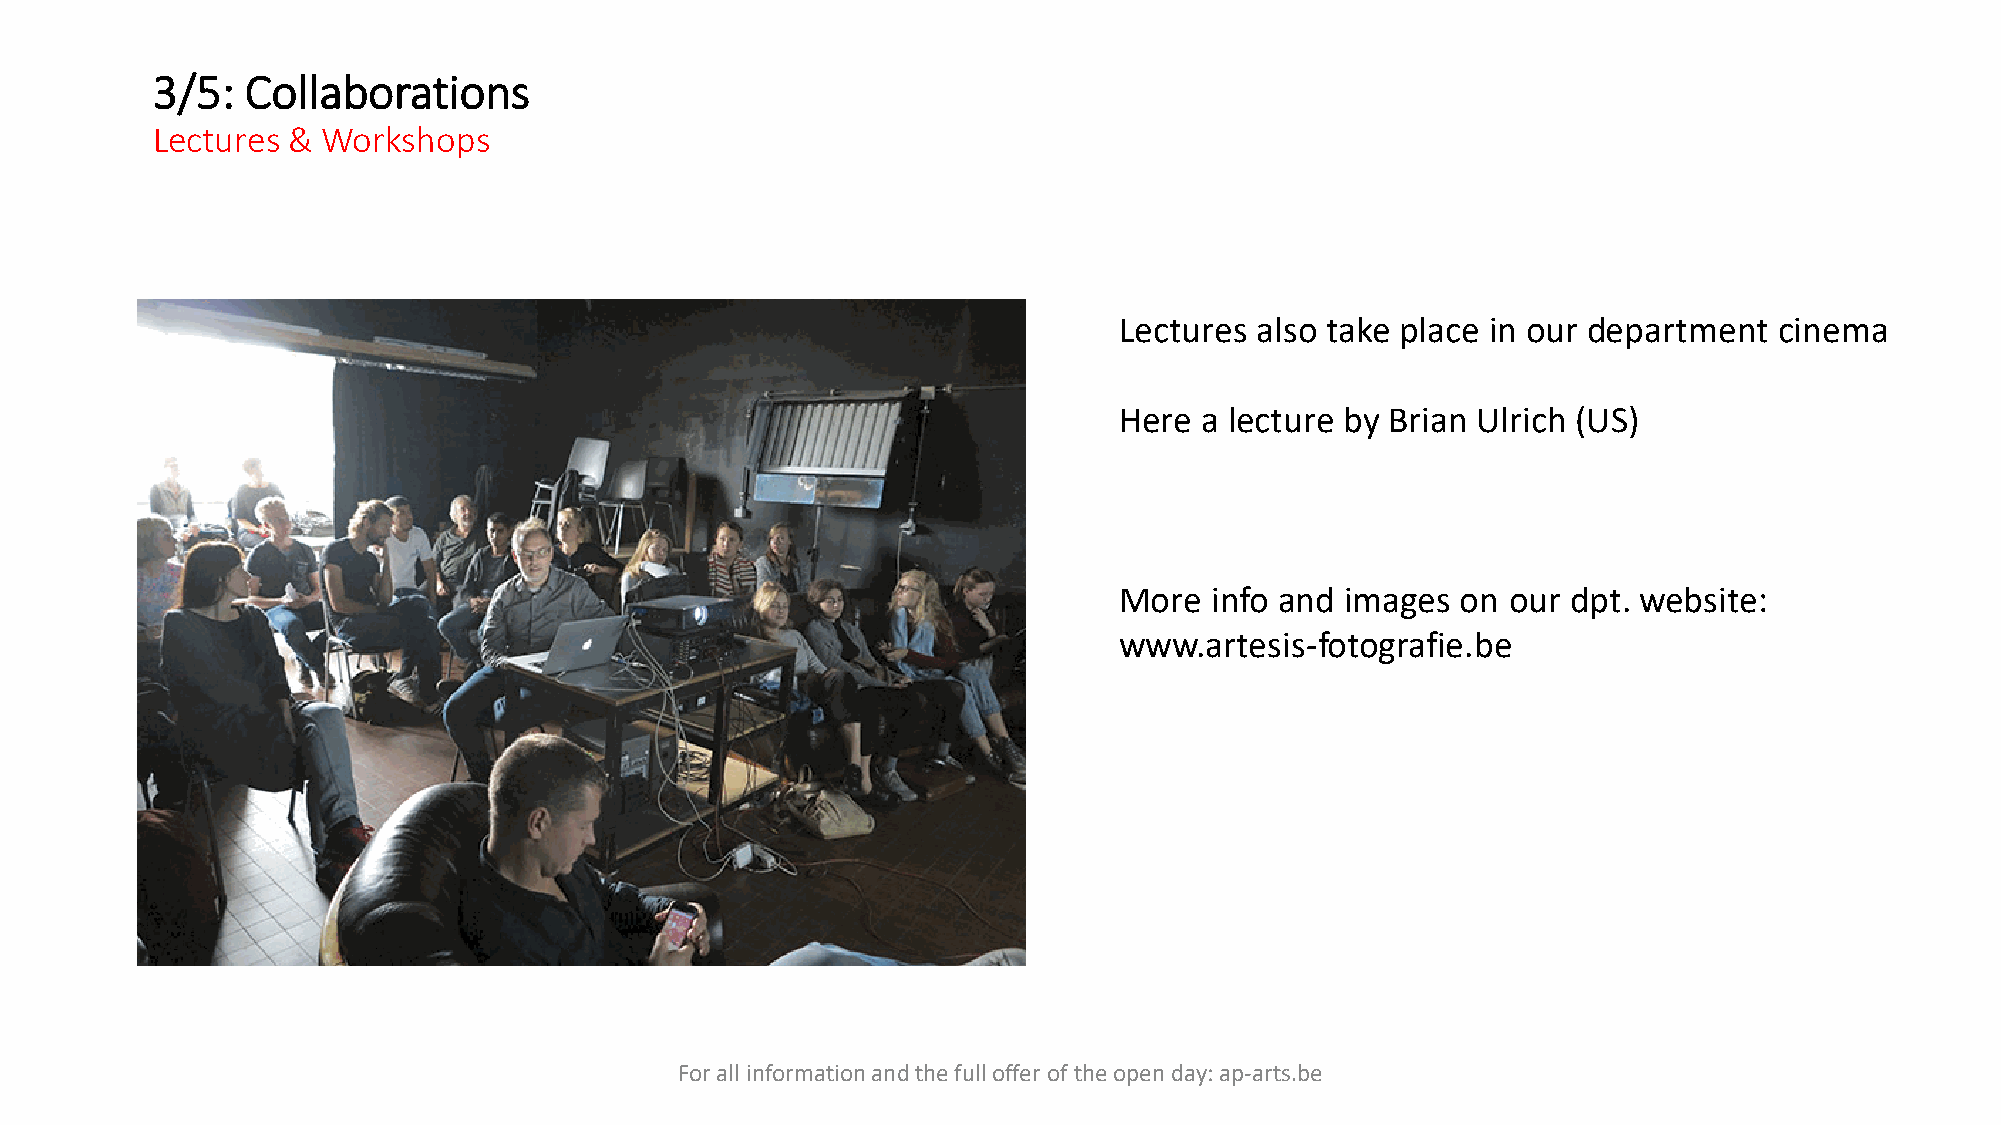
3/5:  Collaborations
 Lectures & Workshops
 Lectures also take place in our department  cinema
 Here a lecture by Brian Ulrich (US)
 More  info and images  on our dpt. website:
 www.artesis-fotografie.be
 For all information and the full offer of the open day: ap-arts.be